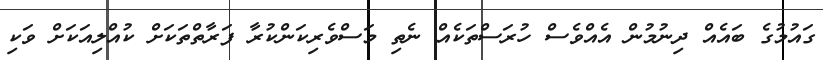
ގައުމުގެ ބައެއް ދިނުމުން އެއްވެސް ހުރަސްތަކެއް ނެތި މަސްވެރިކަންކުރާ ފަރާތްތަކަށް ކުއްލިއަކަށް ވަކި